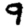
Digit: 9